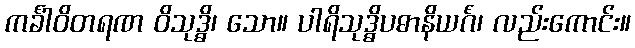
ကင်္ခါဝိတရဏ ဝိသုဒ္ဓိ၊ သော။ ပါရိသုဒ္ဓိပဓာနိယင်္ဂံ၊ လည်းကောင်း။